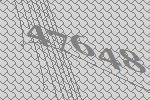
47648